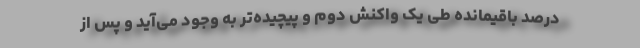
درصد باقیمانده طی یک واکنش دوم و پیچیده‌تر به وجود می‌آید و پس از